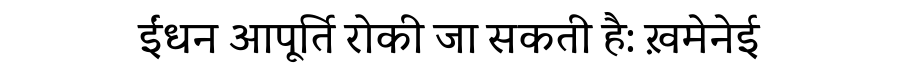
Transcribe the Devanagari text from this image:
ईंधन आपूर्ति रोकी जा सकती है: ख़मेनेई